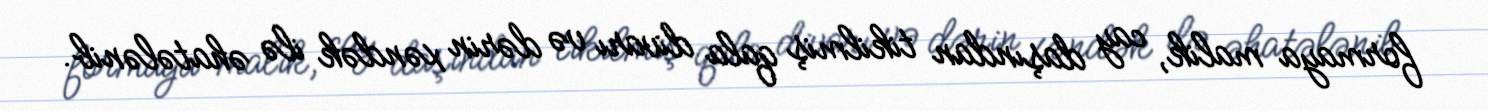
formaya malik, cay daşından tikilmiş qala divarı və dərin xəndək ilə əhatələnib.